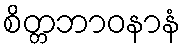
စိတ္တဘာဝနာနံ